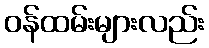
ဝန်ထမ်းများလည်း